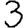
Digit: 3